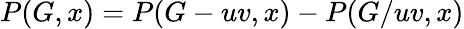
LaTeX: P(G,x)=P(G-uv,x)-P(G/uv,x)